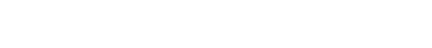
ကျွန်တော်မှာ အိတ် အသေးတွေ ငါးခုပါပါတယ်။